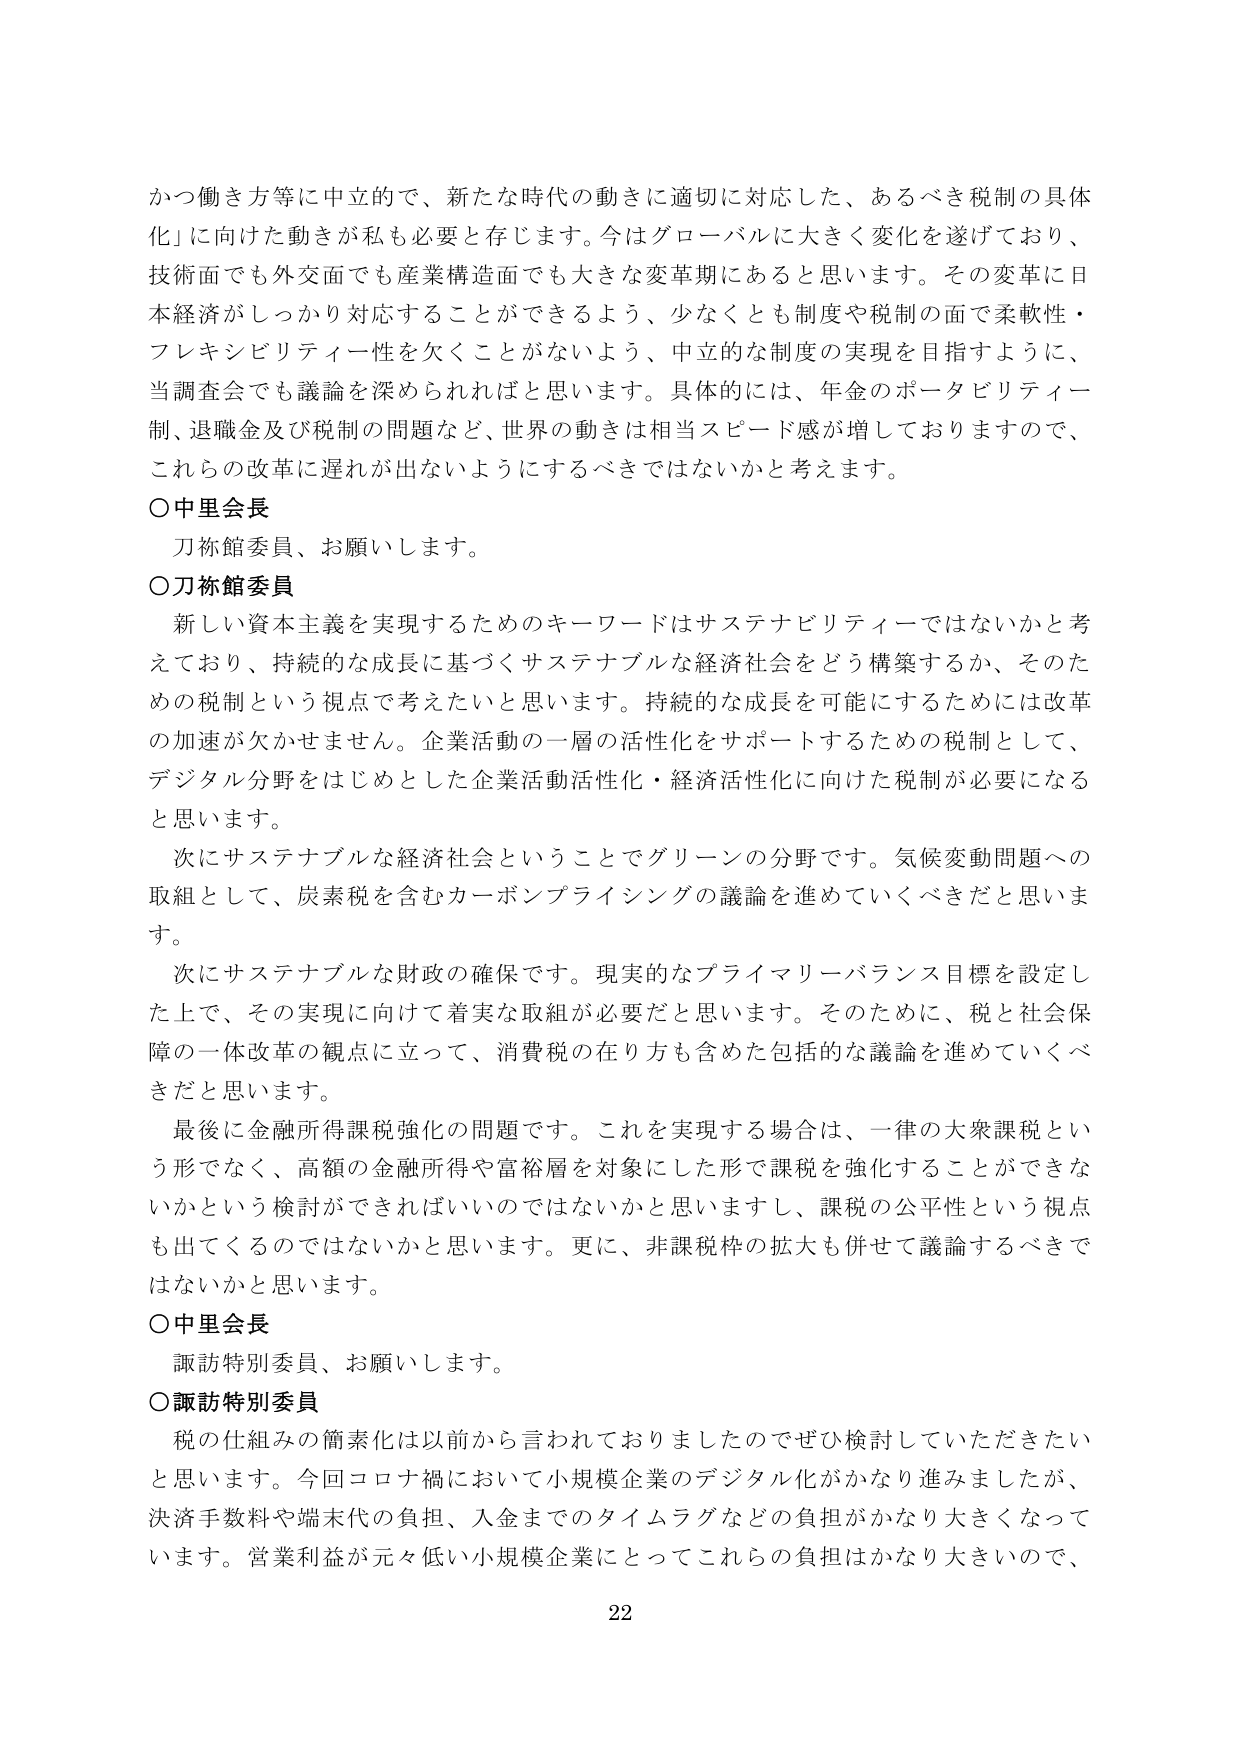
かつ働き方等に中立的で、新たな時代の動きに適切に対応した、あるべき税制の具体化」に向けた動きが私も必要と存じます。今はグローバルに大きく変化を遂げており、技術面でも外交面でも産業構造面でも大きな変革期にあると思います。その変革に日本経済がしっかり対応することができるよう、少なくとも制度や税制の面で柔軟性・フレキシビリティー性を欠くことがないよう、中立的な制度の実現を目指すように、当調査会でも議論を深められればと思います。具体的には、年金のポータビリティー制、退職金及び税制の問題など、世界の動きは相当スピード感が増しておりますので、これらの改革に遅れが出ないようにするべきではないかと考えます。

○中里会長
刀祢館委員、お願いします。

○刀祢館委員
新しい資本主義を実現するためのキーワードはサステナビリティーではないかと考えており、持続的な成長に基づくサステナブルな経済社会をどう構築するか、そのための税制という視点で考えたいと思います。持続的な成長を可能にするためには改革の加速が欠かせません。企業活動の一層の活性化をサポートするための税制として、デジタル分野をはじめとした企業活動活性化・経済活性化に向けた税制が必要になると思います。
次にサステナブルな経済社会ということでグリーンの分野です。気候変動問題への取組として、炭素税を含むカーボンプライシングの議論を進めていくべきだと思います。
次にサステナブルな財政の確保です。現実的なプライマリーバランス目標を設定した上で、その実現に向けて着実な取組が必要だと思います。そのために、税と社会保障の一体改革の観点に立って、消費税の在り方も含めた包括的な議論を進めていくべきだと思います。
最後に金融所得課税強化の問題です。これを実現する場合は、一律の大衆課税という形でなく、高額の金融所得や富裕層を対象にした形で課税を強化することができるかという検討がされればいいのではないかと思いますし、課税の公平性という視点も出てくるのではないかと思います。更に、非課税枠の拡大も併せて議論するべきではないかと思います。

○中里会長
諏訪特別委員、お願いします。

○諏訪特別委員
税の仕組みの簡素化は以前から言われておりましたのでぜひ検討していただきたいと思います。今回コロナ禍において小規模企業のデジタル化がかなり進みましたが、決済手数料や端末代の負担、入金までのタイムラグなどの負担がかなり大きくなっています。営業利益が元々低い小規模企業にとってこれらの負担はかなり大きいので、

22